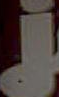
ز